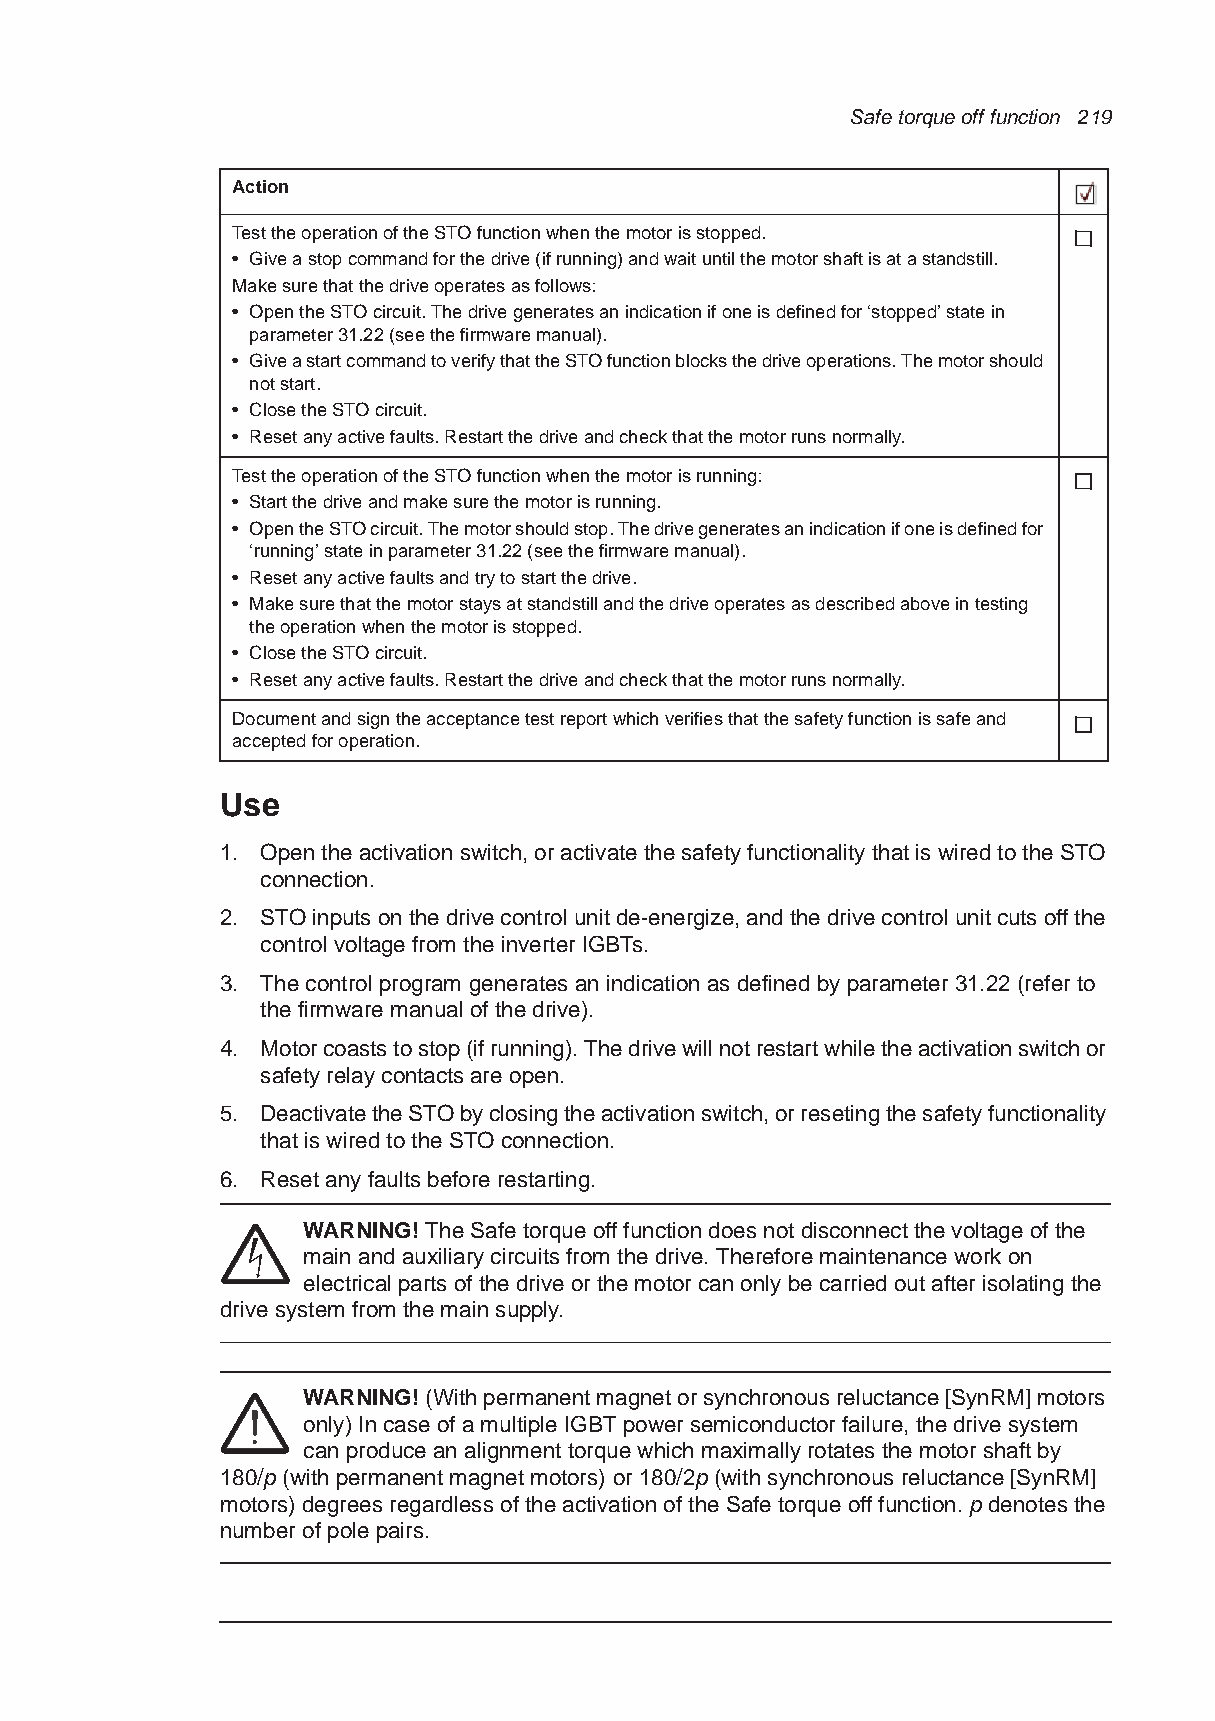
Safe torque off function 219
 Action
 Test the operation of the STO function when the motor is stopped.
 • Give a stop command for the drive (if running) and wait until the motor shaft is at a standstill.
 Make sure that the drive operates as follows:
 • Open the STO circuit. The drive generates an indication if one is defined for ‘stopped’ state in
 parameter 31.22 (see the firmware manual).
 • Give a start command to verify that the STO function blocks the drive operations. The motor should
 not start.
 • Close the STO circuit.
 • Reset any active faults. Restart the drive and check that the motor runs normally.
 Test the operation of the STO function when the motor is running:
 • Start the drive and make sure the motor is running.
 • Open the STO circuit. The motor should stop. The drive generates an indication if one is defined for
 ‘running’ state in parameter 31.22 (see the firmware manual).
 • Reset any active faults and try to start the drive.
 • Make sure that the motor stays at standstill and the drive operates as described above in testing
 the operation when the motor is stopped.
 • Close the STO circuit.
 • Reset any active faults. Restart the drive and check that the motor runs normally.
 Document and sign the acceptance test report which verifies that the safety function is safe and
 accepted for operation.
 Use
 1. Open the activation switch, or activate the safety functionality that is wired to the STO
 connection.
 2. STO inputs on the drive control unit de-energize, and the drive control unit cuts off the
 control voltage from the inverter IGBTs.
 3. The control program generates an indication as defined by parameter 31.22 (refer to
 the firmware manual of the drive).
 4. Motor coasts to stop (if running). The drive will not restart while the activation switch or
 safety relay contacts are open.
 5. Deactivate the STO by closing the activation switch, or reseting the safety functionality
 that is wired to the STO connection.
 6. Reset any faults before restarting.
 WARNING! The Safe torque off function does not disconnect the voltage of the
 main and auxiliary circuits from the drive. Therefore maintenance work on
 electrical parts of the drive or the motor can only be carried out after isolating the
 drive system from the main supply.
 WARNING! (With permanent magnet or synchronous reluctance [SynRM] motors
 only) In case of a multiple IGBT power semiconductor failure, the drive system
 can produce an alignment torque which maximally rotates the motor shaft by
 180/p (with permanent magnet motors) or 180/2p (with synchronous reluctance [SynRM]
 motors) degrees regardless of the activation of the Safe torque off function. p denotes the
 number of pole pairs.